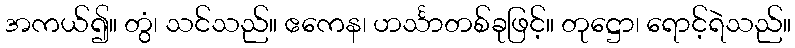
အကယ်၍။ တွံ၊ သင်သည်။ ဧကေန၊ ဟင်္သာတစ်ခုဖြင့်။ တုဋ္ဌော၊ ရောင့်ရဲသည်။